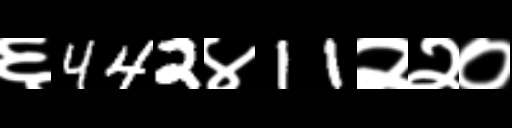
Text: ६442४11२२०